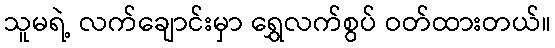
သူမရဲ့ လက်ချောင်းမှာ ရွှေလက်စွပ် ဝတ်ထားတယ်။